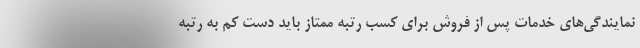
نمایندگی‌های خدمات پس از فروش برای کسب رتبه ممتاز باید دست کم به رتبه